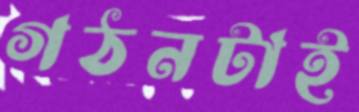
গঠনটাই